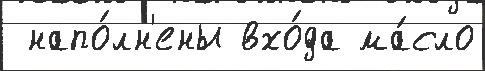
 напо́лн'ены вхо́да ма́сло